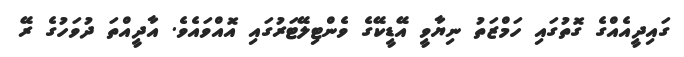
ގައިދީއެއްގެ ގޮތުގައި ހަމްޒަތު ނިޔާވީ އޭޑީކޭގެ ވެންޓިލޭޓަރުގައި އޮއްވައެވެ. އާދީއްތަ ދުވަހުގެ ރޭ